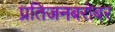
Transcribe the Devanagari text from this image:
प्रतिजनबरोबर